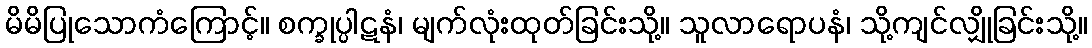
မိမိပြုသောကံကြောင့်။ စက္ခုပ္ပါဋနံ၊ မျက်လုံးထုတ်ခြင်းသို့။ သူလာရောပနံ၊ သို့ကျင်လျှိုခြင်းသို့။